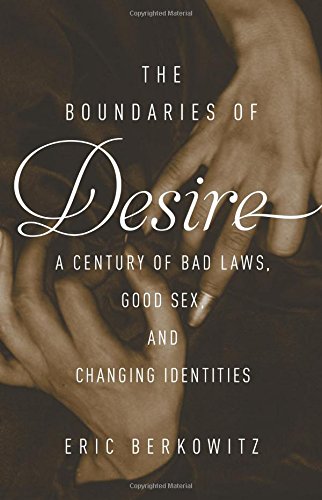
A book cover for The Boundaries of Desire: A Century of Good Sex, Bad Laws, and Changing Identities; Eric Berkowitz; Medical Books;